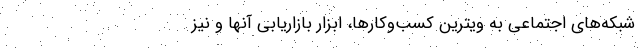
شبکه‌های اجتماعی به ویترین کسب‌وکارها، ابزار بازاریابی آنها و نیز